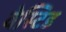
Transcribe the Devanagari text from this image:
वेस्टिड